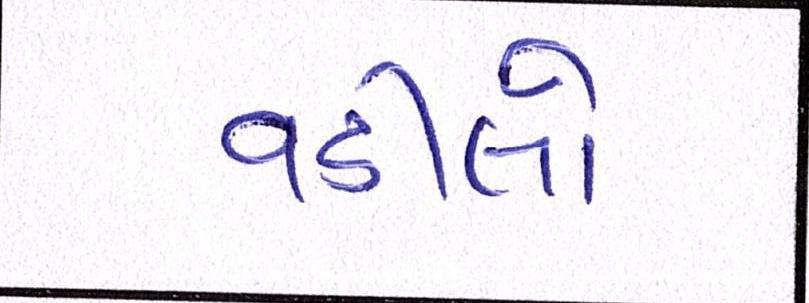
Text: વડીલો